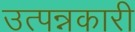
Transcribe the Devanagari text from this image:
उत्पन्नकारी